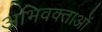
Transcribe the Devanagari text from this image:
अभिवक्ताओं